65_HS1-834228961_62-HQ-83894_Section_3
Agency: FBI
Page 179
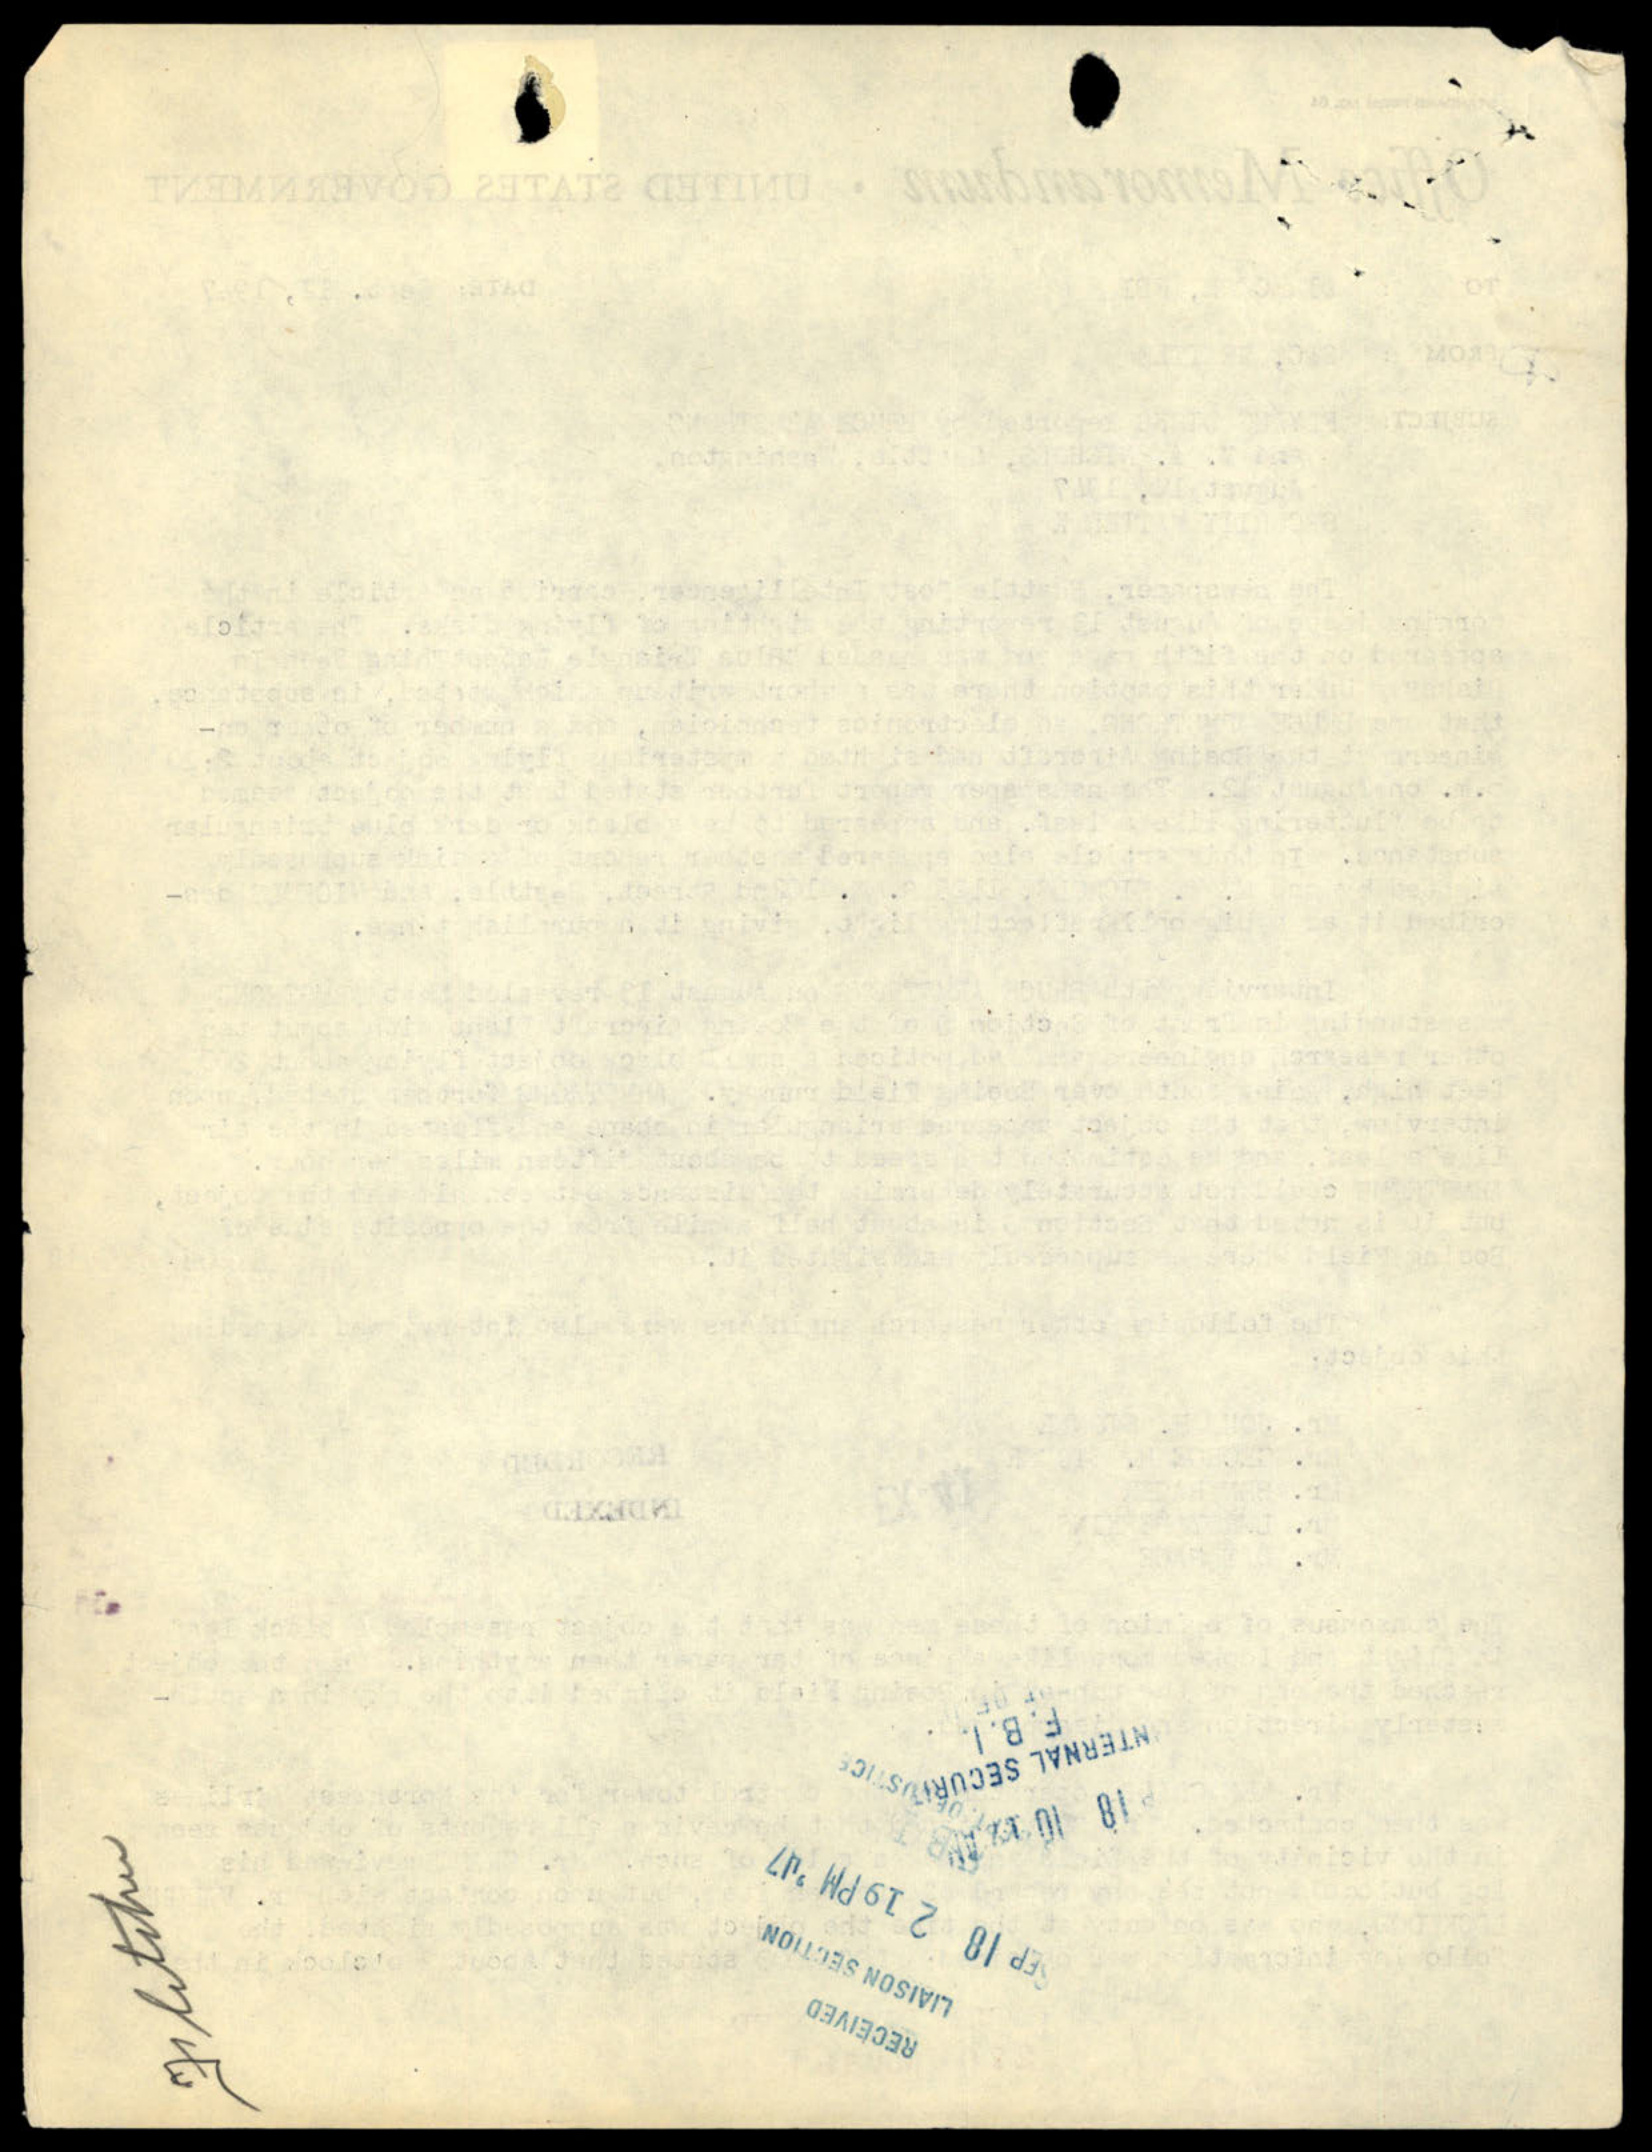